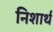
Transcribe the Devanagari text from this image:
निशार्थ